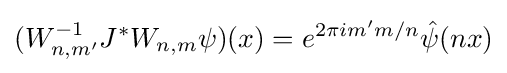
(W_{n,m'}^{-1}J^{*}W_{n,m}\psi )(x)=e^{2\pi im'm/n}{\hat {\psi }}(nx)